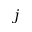
j